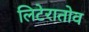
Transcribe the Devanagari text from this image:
लिटेरातोव